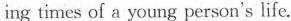
ing times of a young person's life.